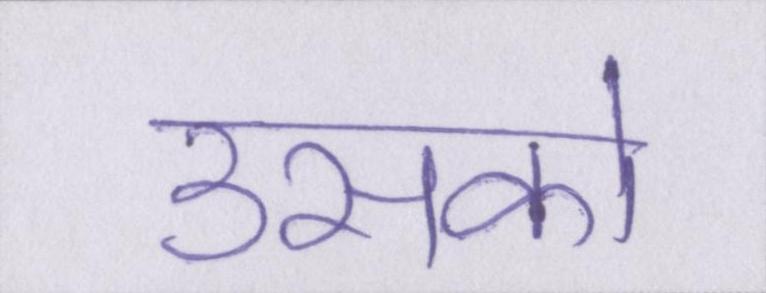
उसको